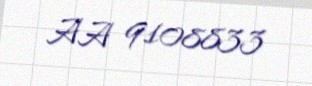
AA 9108833